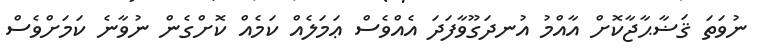
ނުވަތަ ޤަޟާޙާޖާކޮށް އާއްމު އުނދަގޫވާފަދަ އެއްވެސް ޢަމަލެއް ކަމެއް ކޮށްގެން ނުވާނެ ކަމަށްވެސް